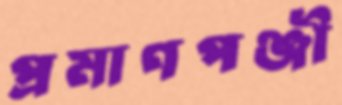
প্রমাণপঞ্জী